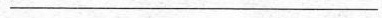
___